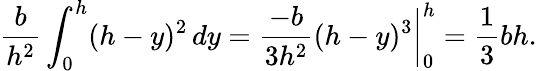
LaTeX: {\frac{b}{h^{2}}}\int_{0}^{h}(h-y)^{2}\, dy={\frac{-b}{3h^{2}}}(h-y)^{3}{\bigg|}_{0}^{h}={\frac{1}{3}}bh.